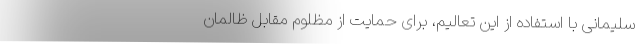
سلیمانی با استفاده از این تعالیم، برای حمایت از مظلوم مقابل ظالمان